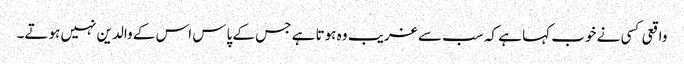
واقعی کسی نے خوب کہا ہے کہ سب سے غریب وہ ہوتا ہے جس کے پاس اس کے والدین نہیں ہوتے۔